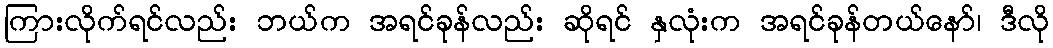
ကြားလိုက်ရင်လည်း ဘယ်က အရင်ခုန်လည်း ဆိုရင် နှလုံးက အရင်ခုန်တယ်နော်၊ ဒီလို